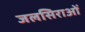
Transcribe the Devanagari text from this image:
जलसिराओं